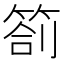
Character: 箚